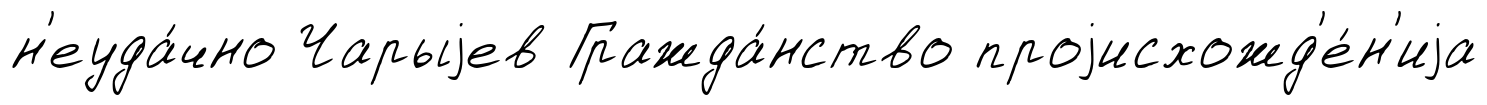
н'еуда́чно Чарыjев Гражда́нство проjисхожд'е́н'иjа